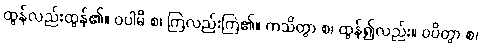
ထွန်လည်းထွန်၏။ ဝပါမိ စ၊ ကြဲလည်းကြဲ၏။ ကသိတွာ စ၊ ထွန်၍လည်း။ ဝပိတွာ စ၊